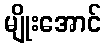
မျိုးအောင်